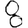
Digit: 8